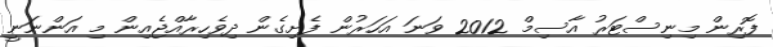
ފޮރިން މިނިސްޓަރު އާސިމް 2012 ވަނަ އަހަރުން ފެށިގެން ދިވެހިރާއްޖެއިން މި އަންނަނީ